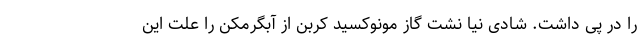
را در پی داشت. شادی نیا نشت گاز مونوکسید کربن از آبگرمکن را علت این